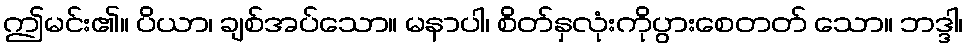
ဤမင်း၏။ ပိယာ၊ ချစ်အပ်သော။ မနာပါ၊ စိတ်နှလုံးကိုပွားစေတတ် သော။ ဘဒ္ဒါ၊